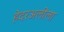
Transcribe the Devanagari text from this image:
हेदरअलीला